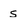
Character: s